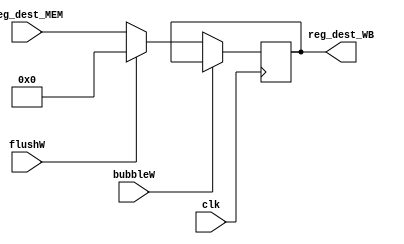
`timescale 1ns / 1ps
//////////////////////////////////////////////////////////////////////////////////
// Company: 
// Engineer: 
// 
// Design Name: 
// Module Name: adder_WB
// Project Name: 
// Target Devices: 
// Tool Versions: 
// Description: 
// 
// Dependencies: 
// 
// Revision:
// Revision 0.01 - File Created
// Additional Comments:
// 
//////////////////////////////////////////////////////////////////////////////////


module adder_WB(
    input               clk, 
    input               bubbleW, 
    input               flushW,
    input       [4:0]   reg_dest_MEM,
    output reg  [4:0]   reg_dest_WB
    );

    initial begin
    reg_dest_WB = 5'b0;
    end
    always@(posedge clk)begin
        if (!bubbleW) begin
            if (flushW)begin
                reg_dest_WB <= 5'b0;
            end else begin
                reg_dest_WB <= reg_dest_MEM;
            end
        end
     end
endmodule